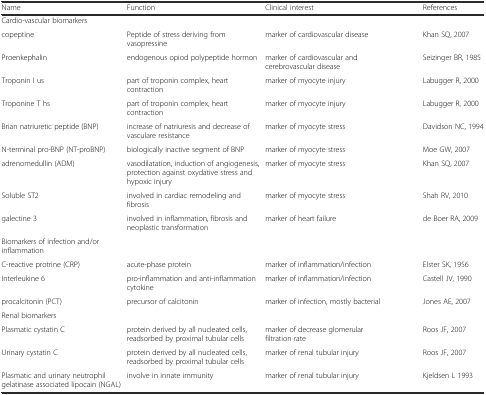
| Name | Function | Clinical interest | References |
 | --- | --- | --- | --- |
 | <COLSPAN=4> Cardio-vascular biomarkers |
 | copeptine | Peptide of stress deriving from vasopressine | marker of cardiovascular disease | Khan SQ, 2007 |
 | Proenkephalin | endogenous opiod polypeptide hormon | marker of cardiovascular and cerebrovascular disease | Seizinger BR, 1985 |
 | Troponin I us | part of troponin complex, heart contraction | marker of myocyte injury | Labugger R, 2000 |
 | Troponine T hs | part of troponin complex, heart contraction | marker of myocyte injury | Labugger R, 2000 |
 | Brian natriuretic peptide (BNP) | increase of natriuresis and decrease of vasculare resistance | marker of myocyte stress | Davidson NC, 1994 |
 | N-terminal pro-BNP (NT-proBNP) | biologically inactive segment of BNP | marker of myocyte stress | Moe GW, 2007 |
 | adrenomedullin (ADM) | vasodilatation, induction of angiogenesis, protection against oxydative stress and hypoxic injury | marker of myocyte stress | Khan SQ, 2007 |
 | Soluble ST2 | involved in cardiac remodeling and fibrosis | marker of myocyte stress | Shah RV, 2010 |
 | galectine 3 | involved in inflammation, fibrosis and neoplastic transformation | marker of heart failure | de Boer RA, 2009 |
 | <COLSPAN=4> Biomarkers of infection and/or inflammation |
 | C-reactive protrine (CRP) | acute-phase protein | marker of inflammation/infection | Elster SK, 1956 |
 | Interleukine 6 | pro-inflammation and anti-inflammation cytokine | marker of inflammation/infection | Castell JV, 1990 |
 | procalcitonin (PCT) | precursor of calcitonin | marker of infection, mostly bacterial | Jones AE, 2007 |
 | <COLSPAN=4> Renal biomarkers |
 | Plasmatic cystatin C | protein derived by all nucleated cells, readsorbed by proximal tubular cells | marker of decrease glomerular filtration rate | Roos JF, 2007 |
 | Urinary cystatin C | protein derived by all nucleated cells, readsorbed by proximal tubular cells | marker of renal tubular injury | Roos JF, 2007 |
 | Plasmatic and urinary neutrophil gelatinase associated lipocain (NGAL) | involve in innate immunity | marker of renal tubular injury | Kjeldsen L 1993 |